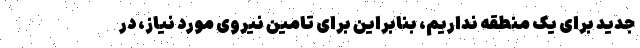
جدید برای یک منطقه نداریم، بنابراین برای تامین نیروی مورد نیاز، در